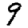
Digit: 9